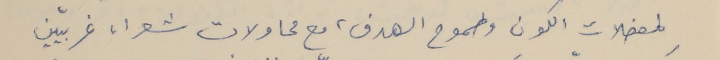
لمعضلات الكون وطموح الهدف، مع محاولات شعراء غربيّين